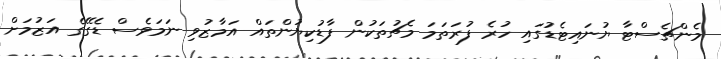
މެންޗެސްޓާ ޔުނައިޓެޑުގައި ހުރެ ފުރަތަމަ މެޗުތަކުން ފާޑުކިޔުންތައް އަމާޒުވި ނަމަވެސް ޑެގޭގެ އަޒުމަށް